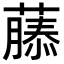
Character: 𮑚